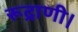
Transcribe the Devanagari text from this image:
रूद्राणी।